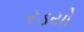
રડયો